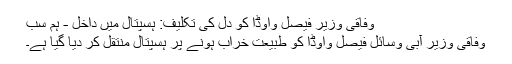
وفاقی وزیر فیصل واوڈا کو دل کی تکلیف: ہسپتال میں داخل - ہم سب
وفاقی وزیر آبی وسائل فیصل واوڈا کو طبیعت خراب ہونے پر ہسپتال منتقل کر دیا گیا ہے۔